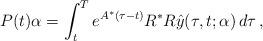
LaTeX: \begin{align*}P(t) \alpha = \int_t^T e^{A^*(\tau-t)}R^*R \hat{y}(\tau,t;\alpha)\,d\tau\,, \end{align*}